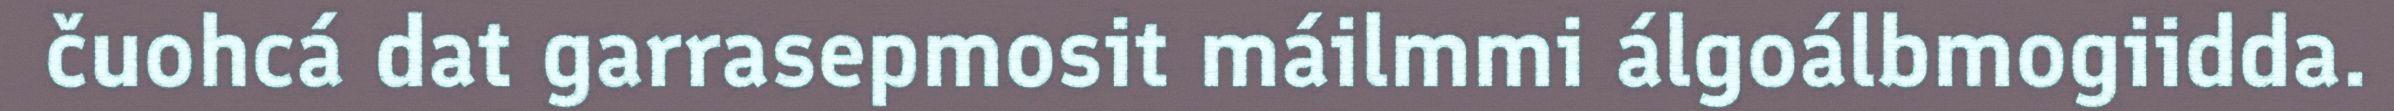
čuohcá dat garrasepmosit máilmmi álgoálbmogiidda.